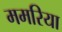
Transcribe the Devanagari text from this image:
ममरिया